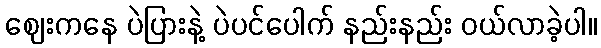
ဈေးကနေ ပဲပြားနဲ့ ပဲပင်ပေါက် နည်းနည်း ဝယ်လာခဲ့ပါ။